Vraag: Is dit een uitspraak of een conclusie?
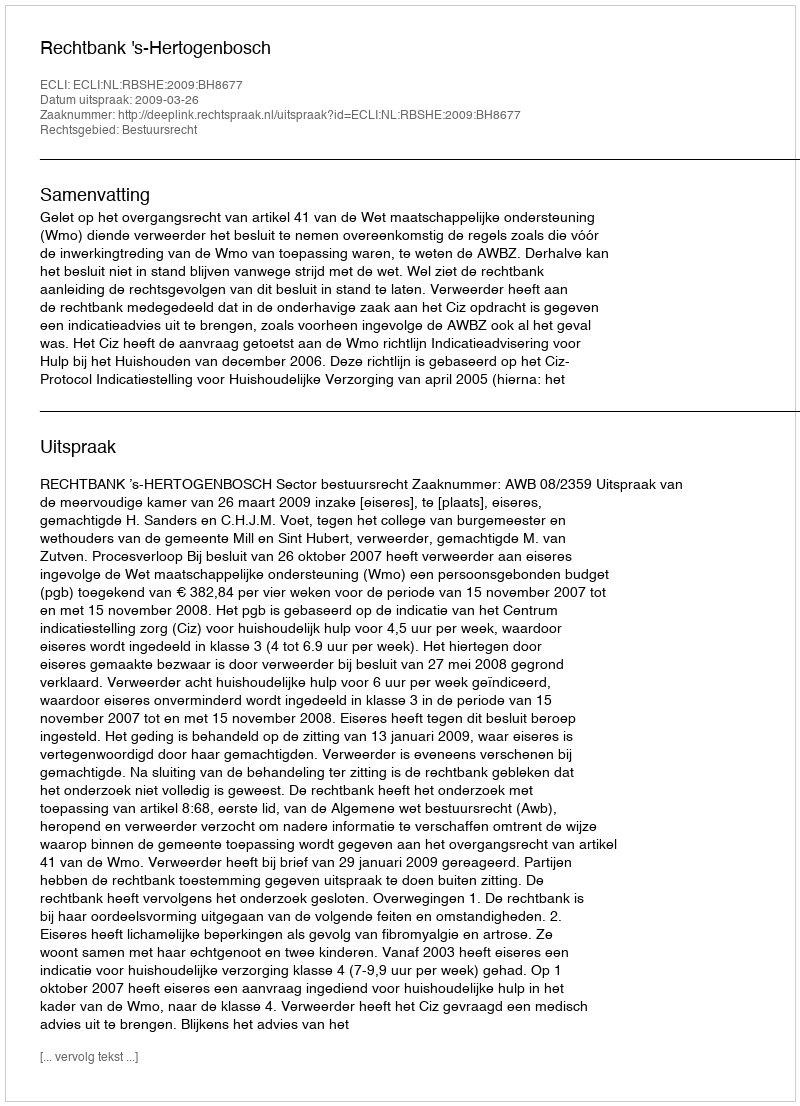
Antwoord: Uitspraak